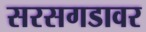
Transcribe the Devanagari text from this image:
सरसगडावर